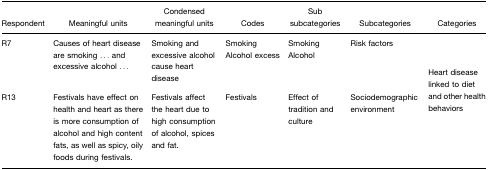
<table><thead><tr><td><b>Respondent</b></td><td><b>Meaningful units</b></td><td><b>Condensed meaningful units</b></td><td><b>Codes</b></td><td><b>Sub subcategories</b></td><td><b>Subcategories</b></td><td><b>Categories</b></td></tr></thead><tbody><tr><td>R7</td><td>Causes of heart disease are smoking ... and excessive alcohol ...</td><td>Smoking and excessive alcohol cause heart disease</td><td>SmokingAlcohol excess</td><td>SmokingAlcohol</td><td>Risk factors</td><td rowspan="3">Heart disease linked to diet and other health behaviors</td></tr><tr><td>R13</td><td>Festivals have effect on health and heart as there is more consumption of alcohol and high content fats, as well as spicy, oily foods during festivals.</td><td>Festivals affect the heart due to high consumption of alcohol, spices and fat.</td><td>Festivals</td><td>Effect of tradition and culture</td><td>Sociodemographic environment</td><td></td></tr></tbody></table>